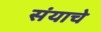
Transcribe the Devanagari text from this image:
संयाचे